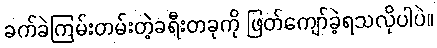
ခက်ခဲကြမ်းတမ်းတဲ့ခရီးတခုကို ဖြတ်ကျော်ခဲ့ရသလိုပါပဲ။